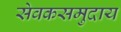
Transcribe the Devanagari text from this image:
सेवकसमुदाय